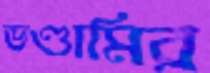
ভণ্ডামির